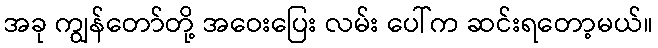
အခု ကျွန်တော်တို့ အဝေးပြေး လမ်း ပေါ်က ဆင်းရတော့မယ်။